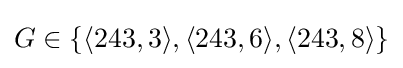
G\in \{\langle 243,3\rangle ,\langle 243,6\rangle ,\langle 243,8\rangle \}